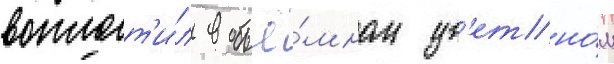
воплот'и́л в объё́мном цв'етно́м